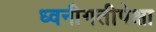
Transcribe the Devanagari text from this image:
ध्वनीगतीपेक्षा